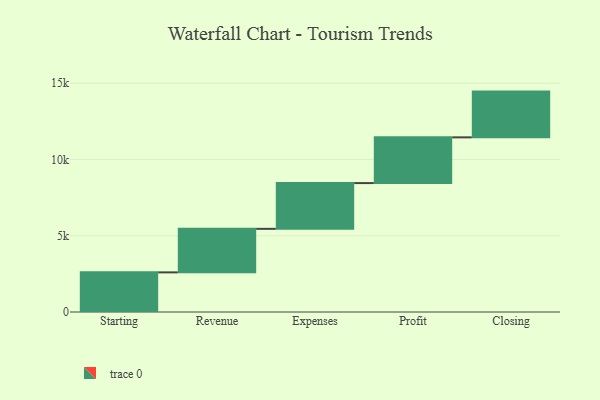
{"axis": {"x": "Step", "y": "Value"}, "legend": [""], "data": [{"x": "Starting", "y": 2599.0, "type": ""}, {"x": "Revenue", "y": 2855.0, "type": ""}, {"x": "Expenses", "y": 3000, "type": ""}, {"x": "Profit", "y": 3000, "type": ""}, {"x": "Closing", "y": 3000, "type": ""}]}